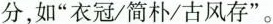
分，如”衣冠/简朴/古风存”。